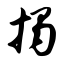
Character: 揭